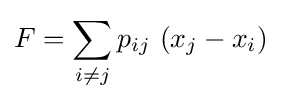
F=\sum _{i\neq j}p_{ij}\ (x_{j}-x_{i})